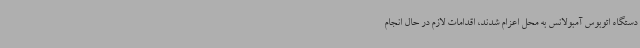
دستگاه اتوبوس آمبولانس به محل اعزام شدند، اقدامات لازم در حال انجام